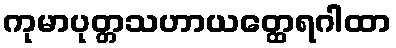
ကုမာပုတ္တသဟာယတ္ထေရဂါထာ